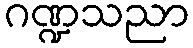
ဂဏ္ဍသညာ